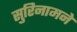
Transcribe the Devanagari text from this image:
सुरिनामने